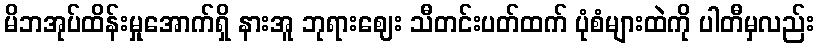
မိဘအုပ်ထိန်းမှုအောက်ရှိ နားအူ ဘုရားဈေး သီတင်းပတ်ထက် ပုံစံများထဲကို ပါတီမှလည်း